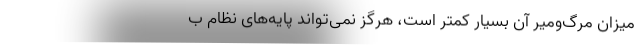
میزان مرگ‌ومیر آن بسیار کمتر است، هرگز نمی‌تواند پایه‌های نظام‌ ب